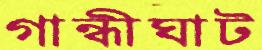
গান্ধীঘাট